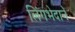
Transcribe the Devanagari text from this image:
लिंगभेदाने